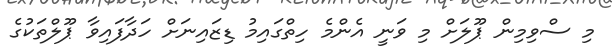
މި ސްވިމިން ޕޫލަށް މި ވަނީ އެންމެ ހިތްގައިމު ޑިޒައިނަށް ހަދާފައިވާ ޕޫލްތަކުގެ